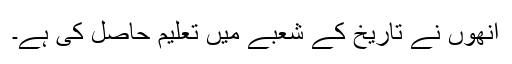
انھوں نے تاریخ کے شعبے میں تعلیم حاصل کی ہے۔